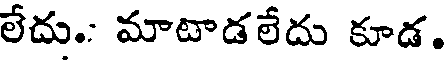
లేదు.: మాటాడలేదు కూడ.